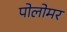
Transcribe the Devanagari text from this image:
पोलोमर